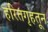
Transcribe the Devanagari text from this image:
हरितगृहतून